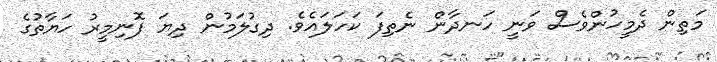
މަތިން ދެމީހުންވެސް ވަނީ ހަނދާން ނެތިފަ ކަހަލައެވެ. ދިގުލަމުން ދިޔަ ފޮނިމީރު ހަޔާތުގެ